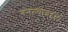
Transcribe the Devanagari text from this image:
बनल्याबद्दल